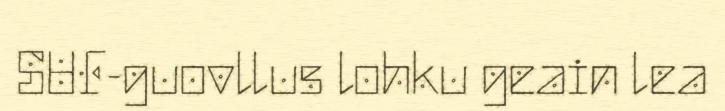
SUF-guovllus lohku geain lea